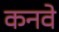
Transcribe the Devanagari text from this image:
कनवे